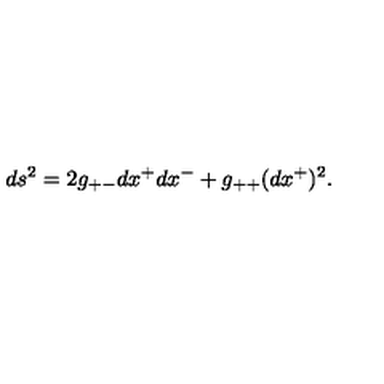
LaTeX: d s ^ { 2 } = 2 g _ { + - } d x ^ { + } d x ^ { - } + g _ { + + } ( d x ^ { + } ) ^ { 2 } .